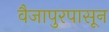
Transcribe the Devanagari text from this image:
वैजापुरपासून